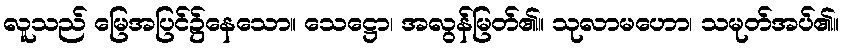
လူသည် မြေအပြင်၌နေသော။ သေဋ္ဌော၊ အလွန်မြတ်၏။ သုလာမဟော၊ သမုတ်အပ်၏။